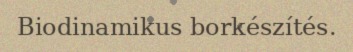
Biodinamikus borkészítés.